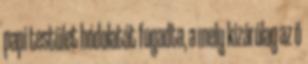
papi testület hódolatát fogadta, a mely kizárólag az ő